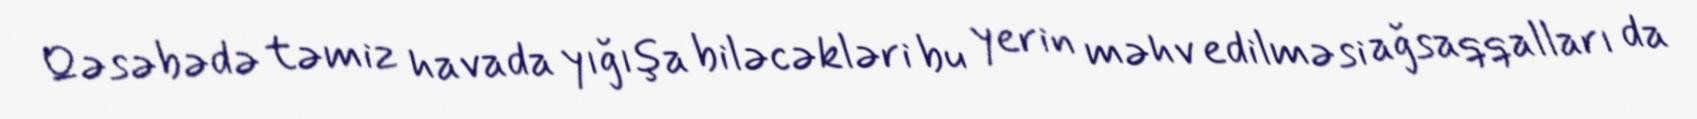
Qəsəbədə təmiz havada yığışa biləcəkləri bu yerin məhv edilməsi ağsaqqalları da